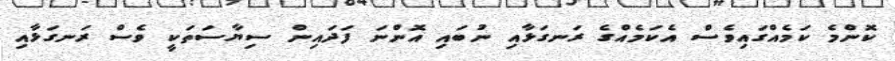
ކޮންމެ ކަމެއްގައިވެސް އެކަމެއްގެ ރަނގަޅާއި ނުބައި އޮންނަ ފަދައިން ސިޔާސަތަކީ ވެސް ރަނގަޅާއި